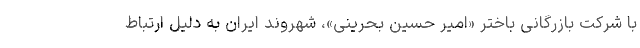
با شرکت بازرگانی باختر «امیر حسین بحرینی»، شهروند ایران به دلیل ارتباط